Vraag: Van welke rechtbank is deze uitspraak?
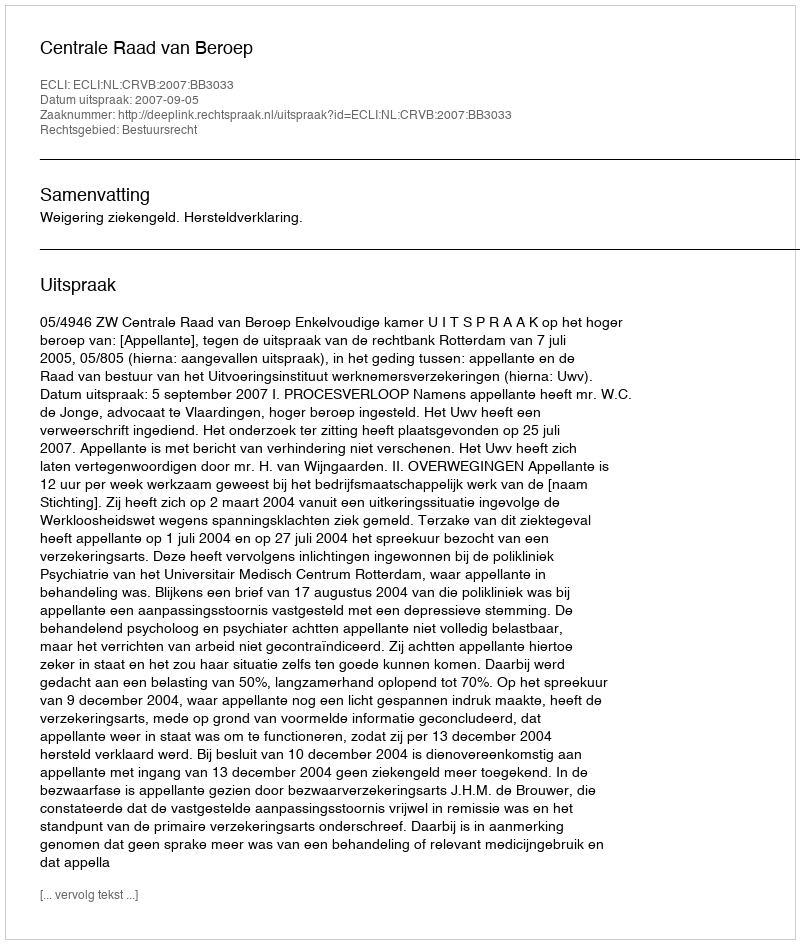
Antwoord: Centrale Raad van Beroep